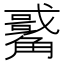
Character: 𧥀